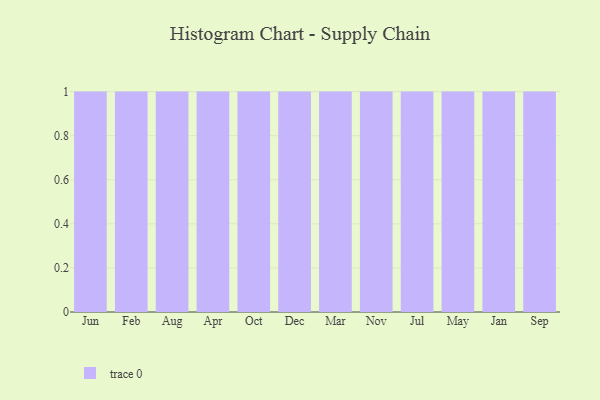
{"axis": {"x": "Month", "y": "Backlog"}, "legend": [""], "data": [{"x": "Jun", "y": 21, "type": ""}, {"x": "Feb", "y": 72, "type": ""}, {"x": "Aug", "y": 55, "type": ""}, {"x": "Apr", "y": 56, "type": ""}, {"x": "Oct", "y": 19, "type": ""}, {"x": "Dec", "y": 76, "type": ""}, {"x": "Mar", "y": 9, "type": ""}, {"x": "Nov", "y": 4, "type": ""}, {"x": "Jul", "y": 69, "type": ""}, {"x": "May", "y": 46, "type": ""}, {"x": "Jan", "y": 52, "type": ""}, {"x": "Sep", "y": 89, "type": ""}]}